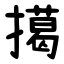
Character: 擖